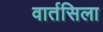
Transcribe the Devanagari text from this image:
वार्तसिला